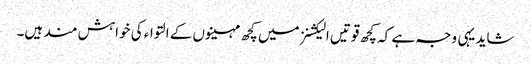
شاید یہی وجہ ہے کہ کچھ قوتیں الیکشنز میں کچھ مہینوں کے التواء کی خواہش مند ہیں۔